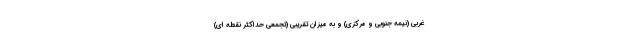
غربی (نیمه جنوبی و مرکزی) و به میزان تقریبی (تجمعی حداکثر نقطه ای)